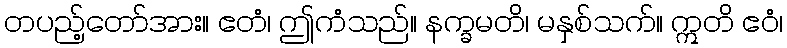
တပည့်တော်အား။ ဧတံ၊ ဤကံသည်။ နက္ခမတိ၊ မနှစ်သက်။ ဣတိ ဧဝံ၊